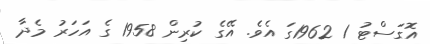
އޮގަސްޓު 1 1962ގަ އެވެ. އޭގެ ކުރިން 1958 ގެ އަހަރު މެދާ